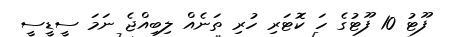
ފޫޓު 10 ފޫޓުގެ ހަ ކޮޓަރި ހުރި ތަނެއް ލިބިއްޖެ ނަމަ ސީޑީސީ